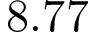
8 . 7 7